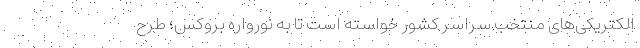
الکتریکی‌های منتخب سراسر کشور خواسته است تا به نورواره بروکس؛ طرح